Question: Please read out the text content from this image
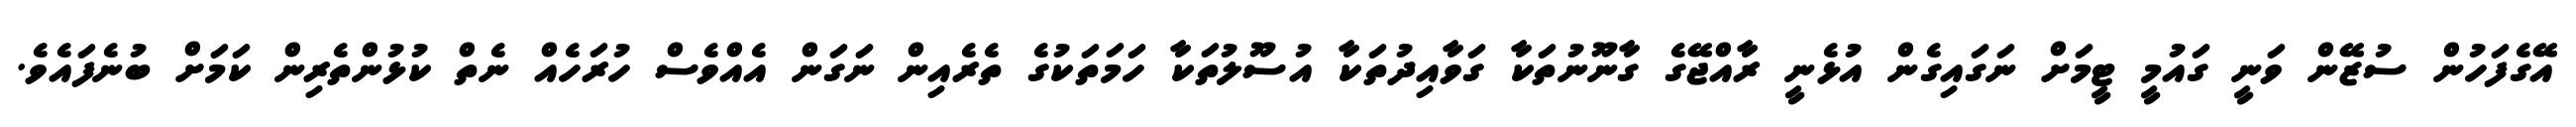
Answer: އޭގެފަހުން ސުޒޭން ވަނީ ގައުމީ ޓީމަށް ނަގައިގެން އުޅެނީ ރާއްޖޭގެ ގާނޫނުތަކާ ގަވާއިދުތަކާ އުސޫލުތަކާ ހަމަތަކުގެ ތެރެއިން ނަގަން އެއްވެސް ހުރަހެއް ނެތް ކުޅުންތެރިން ކަމަށް ބުނެފައެވެ.